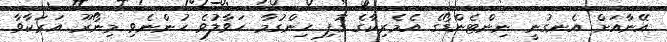
އޭނާއަށް އެނގުނީ ނިންޓެންޑޯގެ އެމެރިކާގެ ގޮފި ހިންގުމާ ހަވާލުވެ ހުންނެވި މިނޯރޫ އަރަކާވާ